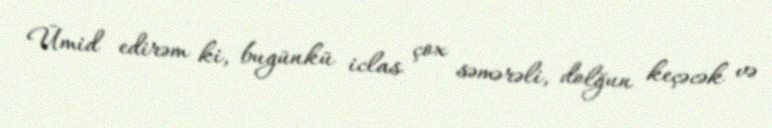
Ümid edirəm ki, bugünkü iclas çox səmərəli, dolğun keçəcək və